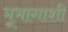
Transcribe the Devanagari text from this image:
भूभागाशी